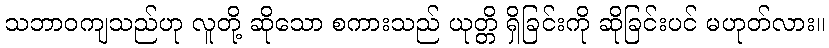
သဘာဝကျသည်ဟု လူတို့ ဆိုသော စကားသည် ယုတ္တိ ရှိခြင်းကို ဆိုခြင်းပင် မဟုတ်လား။